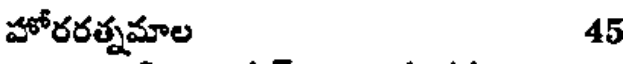
హోరరత్నమాల 45